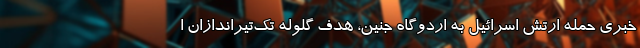
خبری حمله ارتش اسرائیل به اردوگاه جنین، هدف گلوله تک‌تیراندازان ا